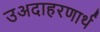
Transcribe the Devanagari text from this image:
उअदाहरणार्थ